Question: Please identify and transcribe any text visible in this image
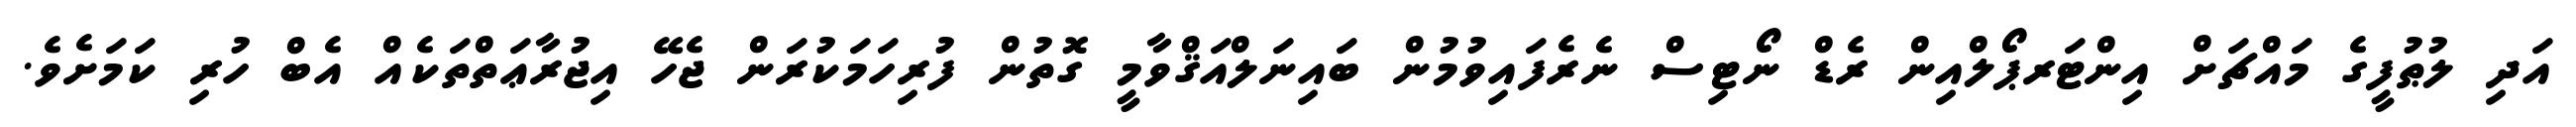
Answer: އަދި ލުޠުފީގެ މައްޗަށް އިންޓަރޕޯލްއިން ރެޑް ނޯޓިސް ނެރެފައިވުމުން ބައިނަލްއަޤްވާމީ ގޮތުން ފުރިހަމަކުރަން ޖެހޭ އިޖުރާޢަތްތަކެއް އެބް ހުރި ކަމަށެވެ.